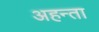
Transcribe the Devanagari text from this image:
अहन्ता